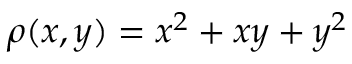
\rho ( x , y ) = x ^ { 2 } + x y + y ^ { 2 }